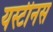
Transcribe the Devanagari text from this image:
यस्टीनस